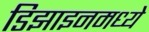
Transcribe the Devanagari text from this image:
डिझाइनमध्ये